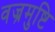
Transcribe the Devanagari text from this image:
वज्रमुष्टि